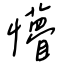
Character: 懵